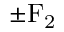
\pm \mathrm { F _ { 2 } }